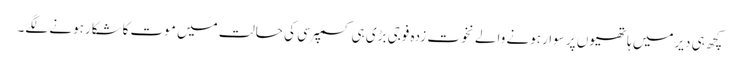
کچھ ہی دیرمیں ہاتھیوں پر سوارہونے والے نخوت زدہ فوجی بڑی ہی کسمپرسی کی حالت میں موت کاشکارہونے لگے۔